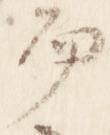
而